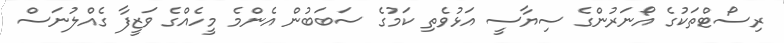
ރިސޯޓްތަކުގެ އޯނަރުންގެ ސިޔާސީ އަޅުވެތި ކަމުގެ ސަބަބުން އެންމެ މީހެއްގެ ވަޒީފާ ގެއްލުނަސް